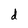
Character: d